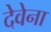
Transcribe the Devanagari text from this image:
देवेना